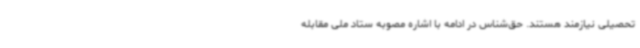
تحصیلی نیازمند هستند. حق‌شناس در ادامه با اشاره مصوبه ستاد ملی مقابله